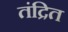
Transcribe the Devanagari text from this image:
तंद्रित